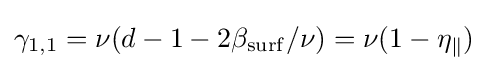
\gamma _{1,1}=\nu (d-1-2\beta _{\mathrm {surf} }/\nu )=\nu (1-\eta _{\parallel })\,\!